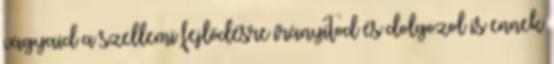
vágyaid a szellemi fejlődésre irányítod és dolgozol is ennek